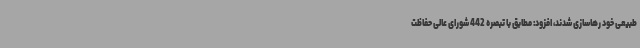
طبیعی خود رهاسازی شدند، افزود: مطابق با تبصره 442 شورای عالی حفاظت